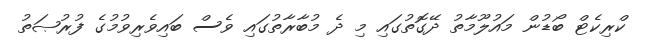
ކްރިކެޓް ބޯޑުން މައުލޫމާތު ދޭގޮތުގައި މި ދެ މުބާރާތުގައި ވެސް ބައިވެރިވުމުގެ ފުރުޞަތު